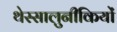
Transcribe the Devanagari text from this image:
थेस्सालुनीकियों